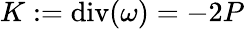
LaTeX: K:=\operatorname{div}(\omega)=-2P